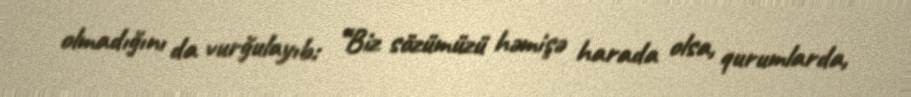
olmadığını da vurğulayıb: “Biz sözümüzü həmişə harada olsa, qurumlarda,